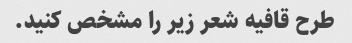
طرح قافیه شعر زیر را مشخص کنید.